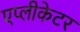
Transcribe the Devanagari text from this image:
एप्लीकेटर